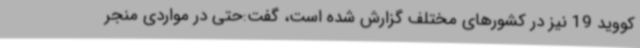
کووید 19 نیز در کشورهای مختلف گزارش شده است، گفت:‌حتی در مواردی منجر